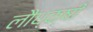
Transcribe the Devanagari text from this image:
लौध्क्षी